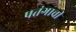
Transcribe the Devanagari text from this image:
पतंगाची